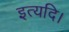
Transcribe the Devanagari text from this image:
इत्यदि।